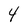
Character: 4